Report on the treatment of epidemic cholera: from information collected by the governments of Bengal, Madras, Bombay, N.W. Provinces, Punjab, Oudh, and Central India, by order of the Government of India
Disease focus: Cholera
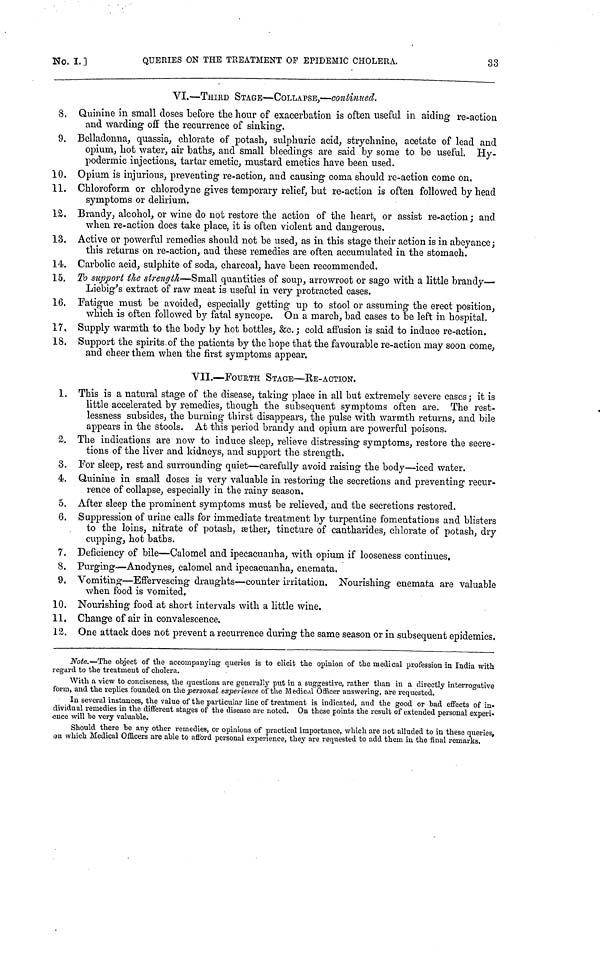
No.
I.
]
QUERIES ON THE TREATMENT OF EPIDEMIC CHOLERA.
33
VI.—THIRD STAGE—COLLAPSE,—continued.
8. Quinine in small closes before the hour of exacerbation is often useful in aiding re-action
and warding off the recurrence of sinking.
9. Belladonna, quassia, chlorate of potash, sulphuric acid, strychnine, acetate of lead and
opium, hot water, air baths, and small bleedings are said by some to be useful. Hy-
podermic injections, tartar emetic, mustard emetics have been used.
10. Opium is injurious, preventing re-action, and causing coma should re-action come on.
11. Chloroform or chlorodyne gives temporary relief, but re-action is often followed by head
symptoms or delirium.
12. Brandy, alcohol, or wine do not restore the action of the heart, or assist re-action; and
when re-action does take place, it is often violent and dangerous.
13. Active or powerful remedies should not be used, as in this stage their action is in abeyance;
this returns on re-action, and these remedies are often accumulated in the stomach.
14. Carbolic acid, sulphite of soda, charcoal, have been recommended.
15. To support the strength—Small quantities of soup, arrowroot or sago with a little brandy—
Liebig's extract of raw meat is useful in very protracted cases.
16. Fatigue must be avoided, especially getting up to stool or assuming the erect position,
which is often followed by fatal syncope. On a march, bad cases to be left in hospital.
17. Supply warmth to the body by hot bottles, &c.; cold affusion is said to induce re-action.
18. Support the spirits of the patients by the hope that the favourable re-action may soon come,
and cheer them when the first symptoms appear.
VII.—FOURTH STAGE—RE-ACTION.
1. This is a natural stage of the disease, taking place in all but extremely severe cases ; it is
little accelerated by remedies, though the subsequent symptoms often are. The rest-
lessness subsides, the burning thirst disappears, the pulse with warmth returns, and bile
appears in the stools. At this period brandy and opium are powerful poisons.
2. The indications are now to induce sleep, relieve distressing symptoms, restore the secre-
tions of the liver and kidneys, and support the strength.
3. For sleep, rest and surrounding quiet—carefully avoid raising the body—iced water.
4. Quinine in small doses is very valuable in restoring the secretions and preventing recur-
rence of collapse, especially in the rainy season.
5. After sleep the prominent symptoms must be relieved, and the secretions restored.
6. Suppression of urine calls for immediate treatment by turpentine fomentations and blisters
to the loins, nitrate of potash, æther, tincture of cantharides, chlorate of potash, dry
cupping, hot baths.
7. Deficiency of bile—Calomel and ipecacuanha, with opium if looseness continues.
8. Purging—Anodynes, calomel and ipecacuanha, enemata.
9. Vomiting—Effervescing draughts—counter irritation. Nourishing enemata are valuable
when food is vomited.
10. Nourishing food at short intervals with a little wine.
11. Change of air in convalescence.
12. One attack does not prevent a recurrence during the same season or in subsequent epidemics.
Note.—The object of the accompanying queries is to elicit the opinion of the medical profession in India with
regard to the treatment of cholera.
With a view to conciseness, the questions are generally put in a suggestive, rather than in a directly interrogative
form, and the replies founded on the personal experience of the Medical Officer answering, are requested.
In several instances, the value of the particular line of treatment is indicated, and the good or had effects of in-
dividual remedies in the different stages of the disease are noted. On these points the result of extended personal experi-
ence will be very valuable.
Should there be any other remedies, or opinions of practical importance, which are not alluded to in these queries,
on which Medical Officers are able to afford personal experience, they are requested to add them in the final remarks.